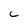
Character: C